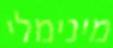
מינימלי